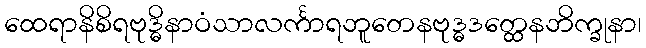
ထေရာနိစိရဗုဒ္ဓိနာဝံသာလင်္ကာရဘူတေနဗုဒ္ဓဒတ္ထေနဘိက္ခုနာ၊